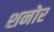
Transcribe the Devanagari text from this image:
शनोर